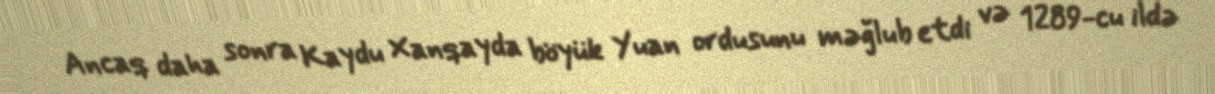
Ancaq daha sonra Kaydu Xanqayda böyük Yuan ordusunu məğlub etdi və 1289-cu ildə